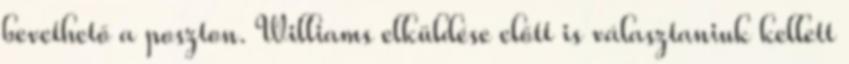
bevethető a poszton. Williams elküldése előtt is választaniuk kellett